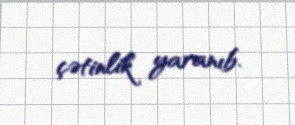
çətinlik yaranıb.